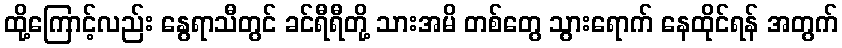
ထို့ကြောင့်လည်း နွေရာသီတွင် ခင်ရီရီတို့ သားအမိ တစ်တွေ သွားရောက် နေထိုင်ရန် အတွက်